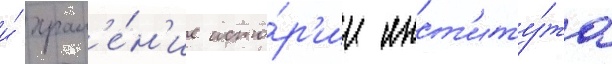
и́ хран'е́н'ие исто́р'ии инст'иту́та